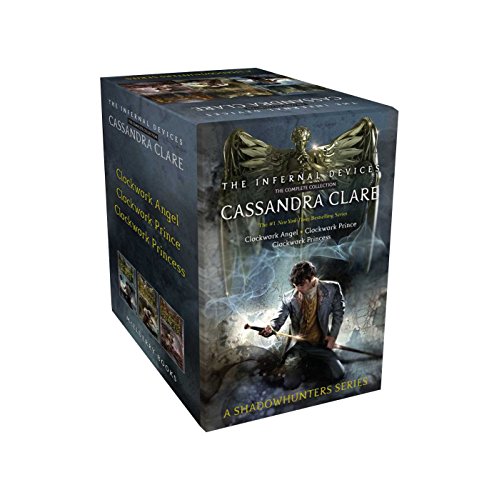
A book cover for The Infernal Devices, the Complete Collection: Clockwork Angel; Clockwork Prince; Clockwork Princess; Cassandra Clare; Teen & Young Adult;